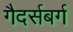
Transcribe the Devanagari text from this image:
गैदर्सबर्ग